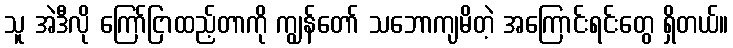
သူ အဲဒီလို ကြော်ငြာထည့်တာကို ကျွန်တော် သဘောကျမိတဲ့ အကြောင်းရင်းတွေ ရှိတယ်။